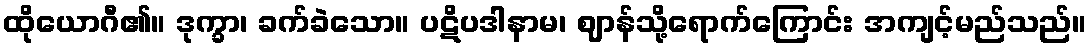
ထိုယောဂီ၏။ ဒုက္ခာ၊ ခက်ခဲသော။ ပဋိပဒါနာမ၊ ဈာန်သို့ရောက်ကြောင်း အကျင့်မည်သည်။